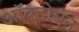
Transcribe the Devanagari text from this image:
ऑक्टोबन